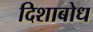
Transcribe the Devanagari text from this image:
दिशाबोध